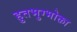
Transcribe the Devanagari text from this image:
हुतभुग्भोक्ता